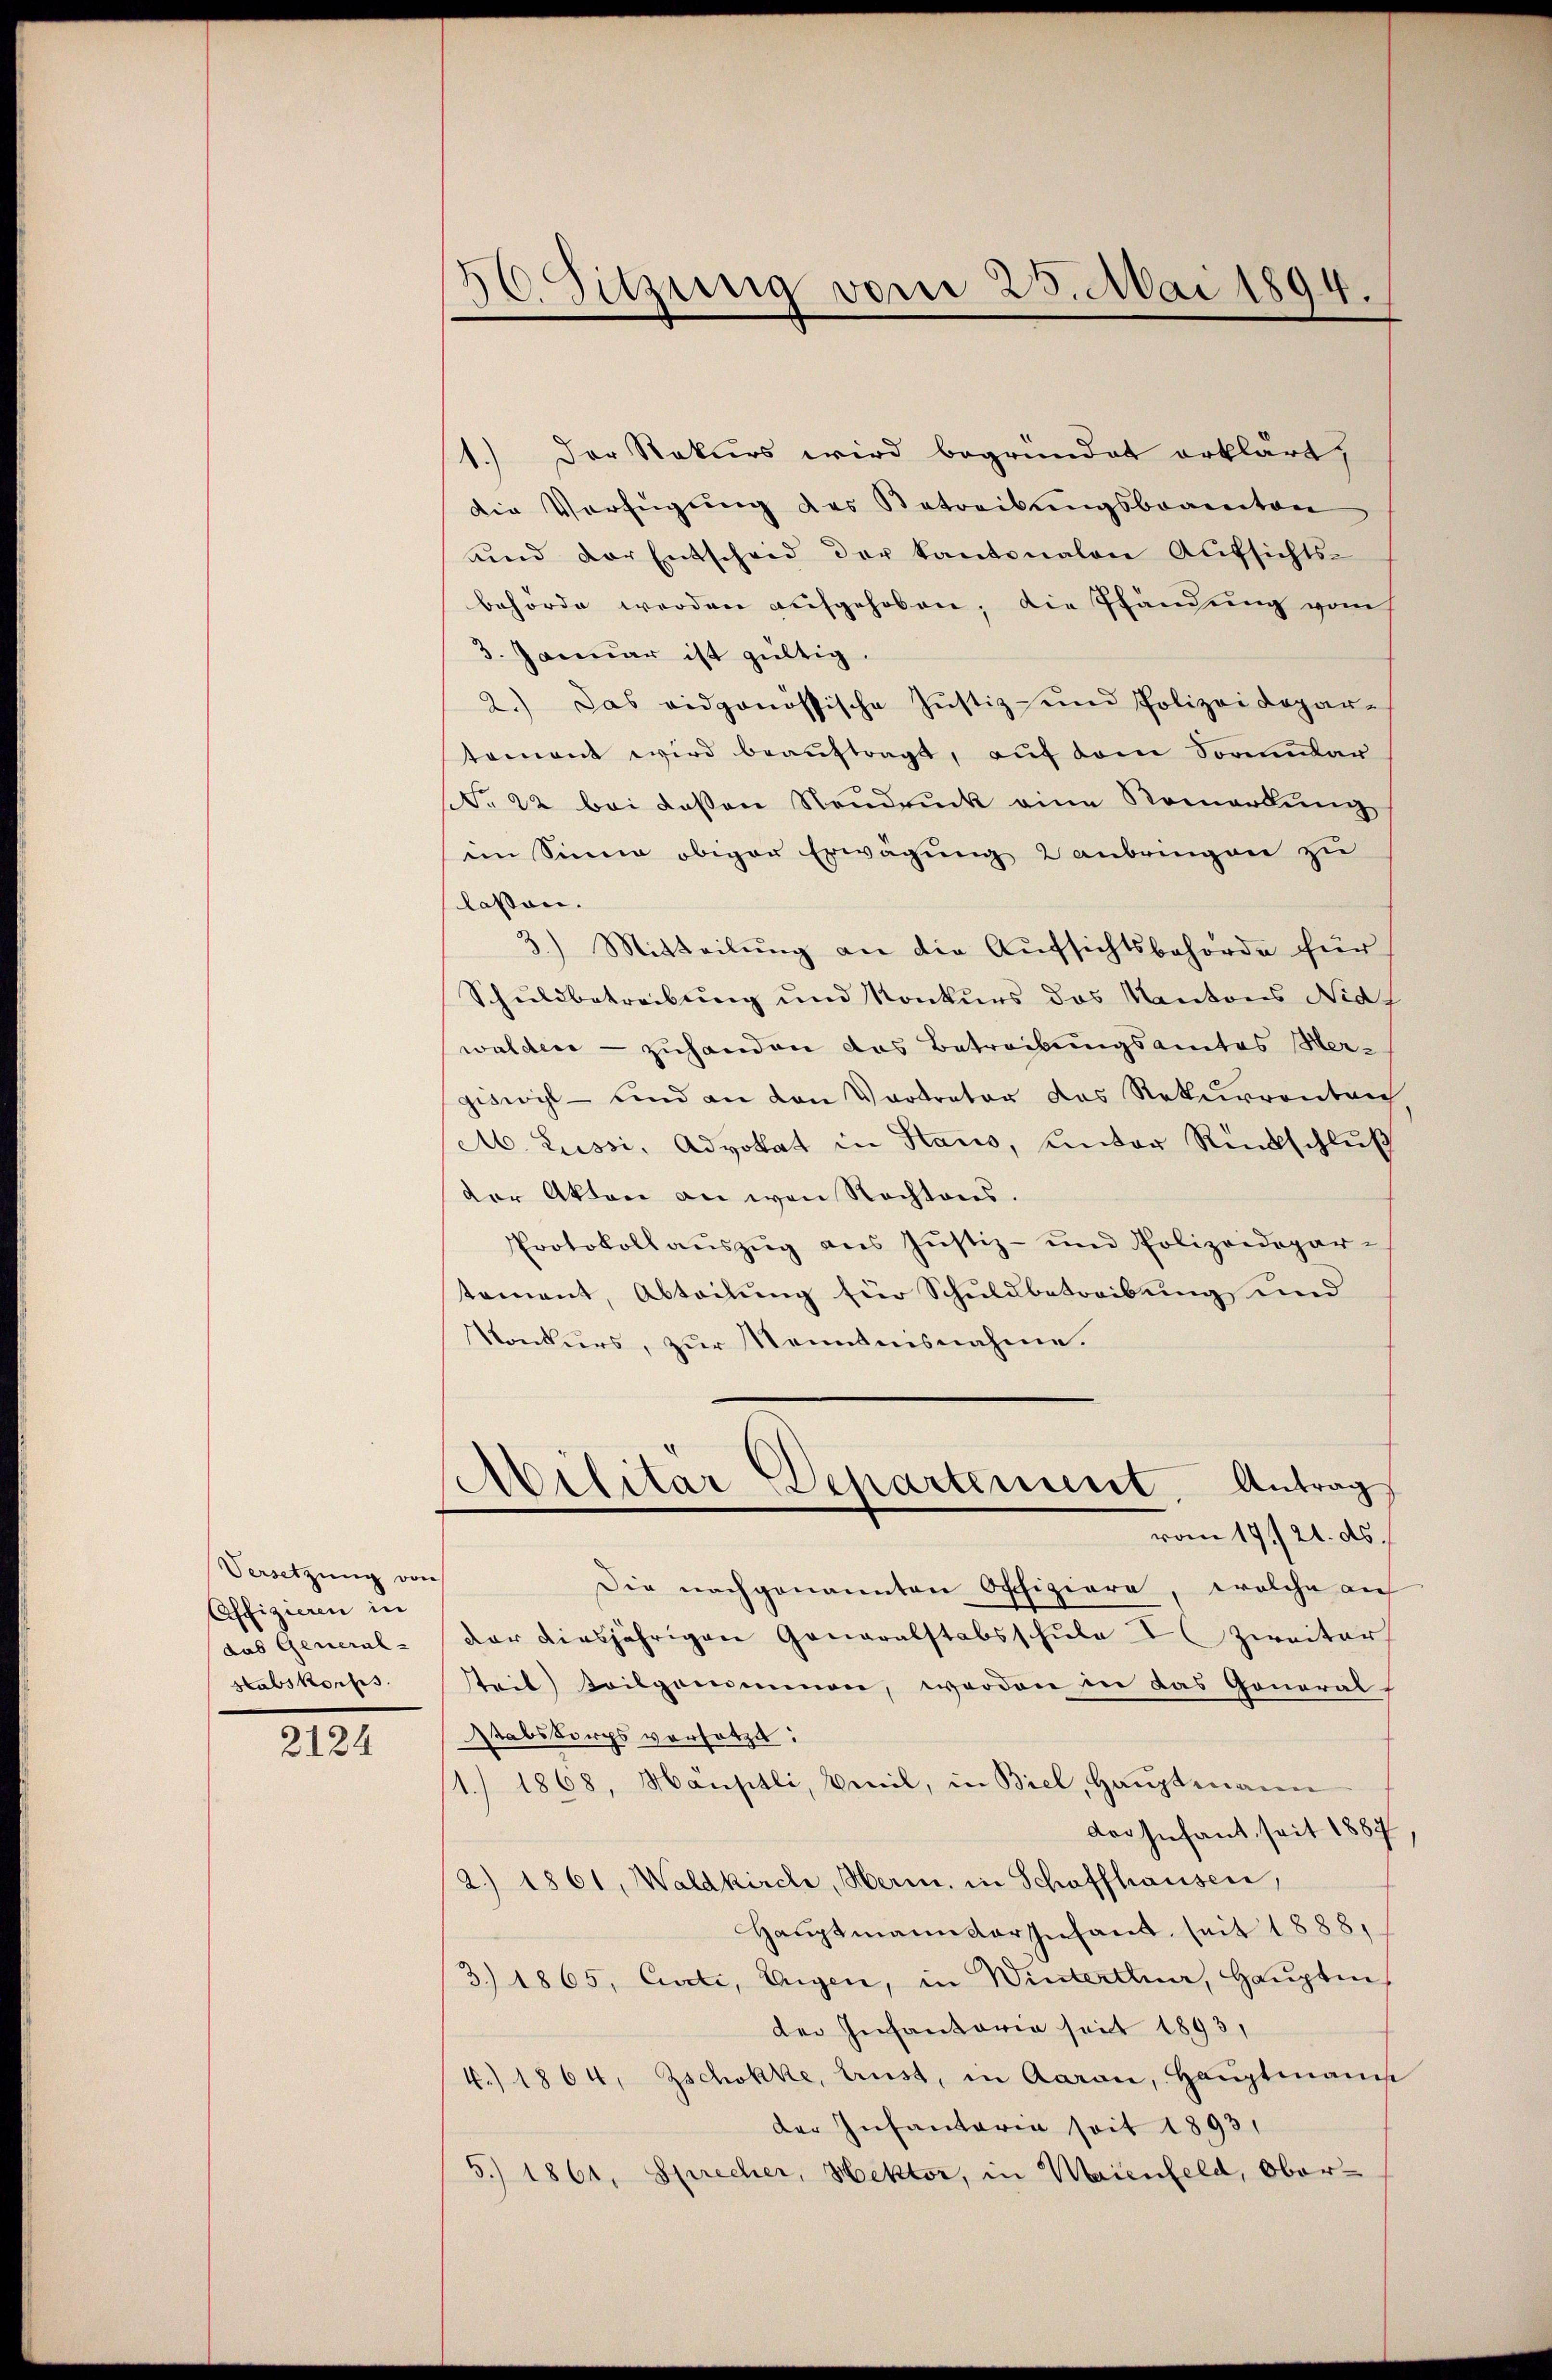
Versetzung von
Affizieren in
das General-
Habskonfis

2124

56. Sitzung vom 25. Mai 1894.
d

1.) Der Rekurs wird begründet erklärt,
die Verfügŭng des Betreibŭngsbeamten
und der Entscheid der Kantonalen Aufsichts-
behörde werden aufgehoben; die Pfändung vom
3. Januar ist gültig.
2.) Das eidgenössische Justiz- und Polizei Depar-
tement wird beauftragt, auf dem Sombar
No 22 bei deßen Neudruck eine Remarkung
ein Sinne obiger Erwägung 2 anbringen zu
lassen.
3.) Mitteilung an die Aufsichtsbehörde für
Schuldbetreibung und Konkurs des Kantons Nidf
walden - zuhanden das Betreibungsamtes Hergiswil - und an den Vertreter das Rekurrenten
Ab. Lussi, Advokat in Haus, unter Rückschluß
der Akten an von Rechtens.
Protokoll aŭszŭg aŭs Jŭstiz- und Polizeidepar-
tement, Abteilung für Schuldbetreibung und
Konkurs, zur Kenntnisnahme.
Militär Departement. Antrag
vom 17./21. ds.
Die nachgenannten Offiziere, welche an
der diesjährigen Generalstabsschule I zweiter
steil) Teilgenommen, werden in das Goneral-
Stabskorps vorsetze:
1.) 1868, Hauptli, Beil, in Biel, Haŭptmanen
der Infant seit 1887
2.) 1861, Waldkirche, Herm. in Schaffhausen,
Hauptmann der Infant, seit 1888,
3) 1865, Curti, Wagen, in Winterthur, Hauptm.
der Infantaria seit 1893,
4.) 1864, Zschokke, Lust, in daran, Hauptmann
der Infantaria soit 1893,
5.) 1861, Sprecher, Hektor, in Maienfeld, Ober-